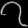
Digit: ၇